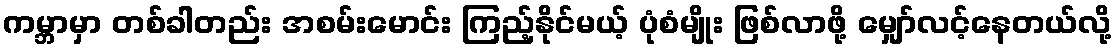
ကမ္ဘာမှာ တစ်ခါတည်း အစမ်းမောင်း ကြည့်နိုင်မယ့် ပုံစံမျိုး ဖြစ်လာဖို့ မျှော်လင့်နေတယ်လို့